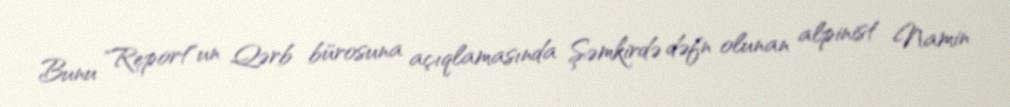
Bunu "Report"un Qərb bürosuna açıqlamasında Şəmkirdə dəfn olunan alpinist Namin